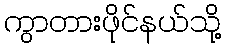
ကွာတားဖိုင်နယ်သို့